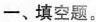
-、填空题。